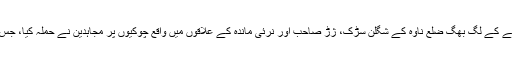
اور اتوار کے روز دن دس بجے کے لگ بھگ ضلع ناوہ کے شگلن سڑک، ژڑ صاحب اور نرئی ماندہ کے علاقوں میں واقع چوکیوں پر مجاہدین نے حملہ کیا، جس سے سات فوجی ہلاک ہوئے۔